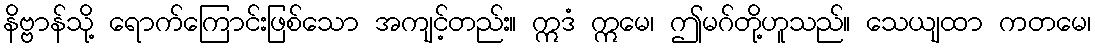
နိဗ္ဗာန်သို့ ရောက်ကြောင်းဖြစ်သော အကျင့်တည်း။ ဣဒံ ဣမေ၊ ဤမဂ်တို့ဟူသည်။ သေယျထာ ကတမေ၊